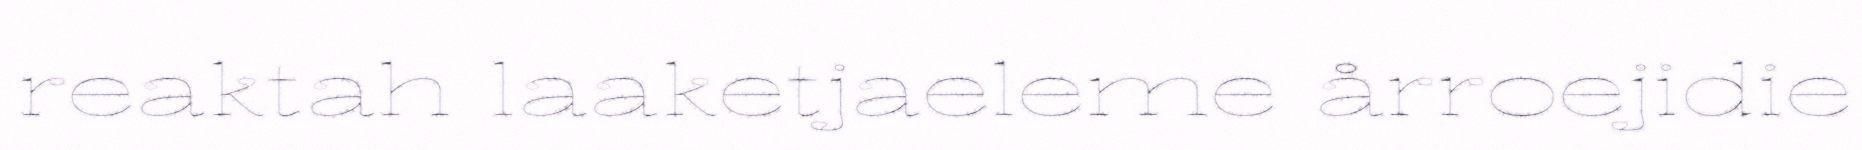
reaktah laaketjaeleme årroejidie